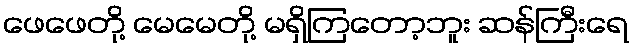
ဖေဖေတို့ မေမေတို့ မရှိကြတော့ဘူး ဆန်ကြီးရေ